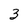
Character: 3